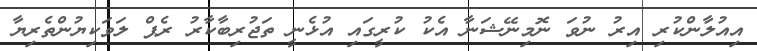
އިއުލާންކުރި އިރު ނުވަ ނޮމިނޭޝަނާ އެކު ކުރީގައި އުޅެނީ ތަޖުރިބާކާރު ރެޕް ލަވަކިޔުންތެރިޔާ